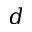
d